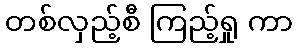
တစ်လှည့်စီ ကြည့်ရှု ကာ